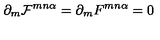
\partial _ { m } { \cal F } ^ { m n \alpha } = \partial _ { m } F ^ { m n \alpha } = 0